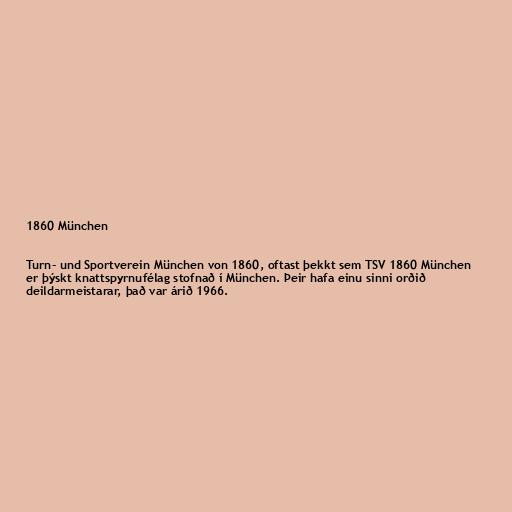
1860 München

Turn- und Sportverein München von 1860, oftast þekkt sem TSV 1860 München
er þýskt knattspyrnufélag stofnað í München. Þeir hafa einu sinni orðið
deildarmeistarar, það var árið 1966.